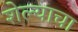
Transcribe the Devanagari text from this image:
शेल्याचा